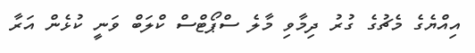
އިއްޔެގެ މެޗުގެ ގުރު ދިމާވި މާލެ ސްޕޯޓްސް ކްލަބް ވަނީ ކުޅެން އަރާ